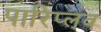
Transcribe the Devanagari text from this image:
पारिप्लव